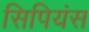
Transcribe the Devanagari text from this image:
सिपियंस